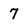
Character: 7